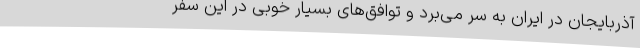
آذربایجان در ایران به سر می‌برد و توافق‌های بسیار خوبی در این سفر